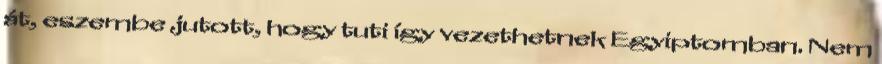
át, eszembe jutott, hogy tuti így vezethetnek Egyiptomban. Nem